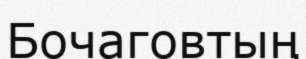
Бочаговтың